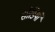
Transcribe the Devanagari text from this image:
सीडियाँ